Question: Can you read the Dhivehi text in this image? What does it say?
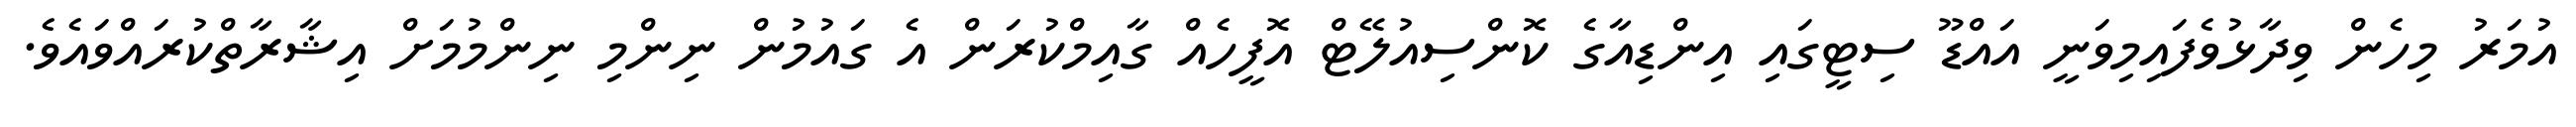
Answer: އުމަރު މިހެން ވިދާޅުވެފައިމިވަނީ އައްޑޫ ސިޓީގައި އިންޑިއާގެ ކޮންސިއުލޭޓް އޮފީހެއް ގާއިމްކުރަން އެ ގައުމުން ނިންމި ނިންމުމަށް އިޝާރާތްކުރައްވައެވެ.